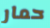
حمار